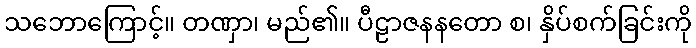
သဘောကြောင့်။ တဏှာ၊ မည်၏။ ပီဠာဇနနတော စ၊ နှိပ်စက်ခြင်းကို